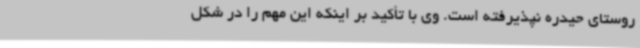
روستای حیدره نپذیرفته است. وی با تأکید بر اینکه این مهم را در شکل